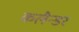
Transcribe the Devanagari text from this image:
कलैन्डर